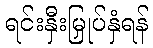
ရင်းနှီးမြှုပ်နှံရန်